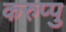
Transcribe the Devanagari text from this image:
करुप्पु